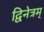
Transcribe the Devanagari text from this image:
द्विनेत्रम्